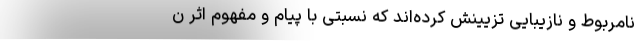
نامربوط و نازیبایی تزیینش کرده‌اند که نسبتی با پیام و مفهوم اثر ن